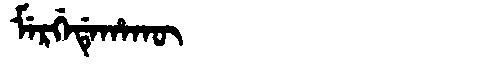
Manchu: ᠮᡝᡵᡤᡝᡩᡝᡥᠠᡴᡡ
Romanization: MERGEDEHAKŪ